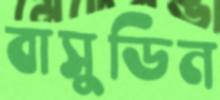
বাসুডিন